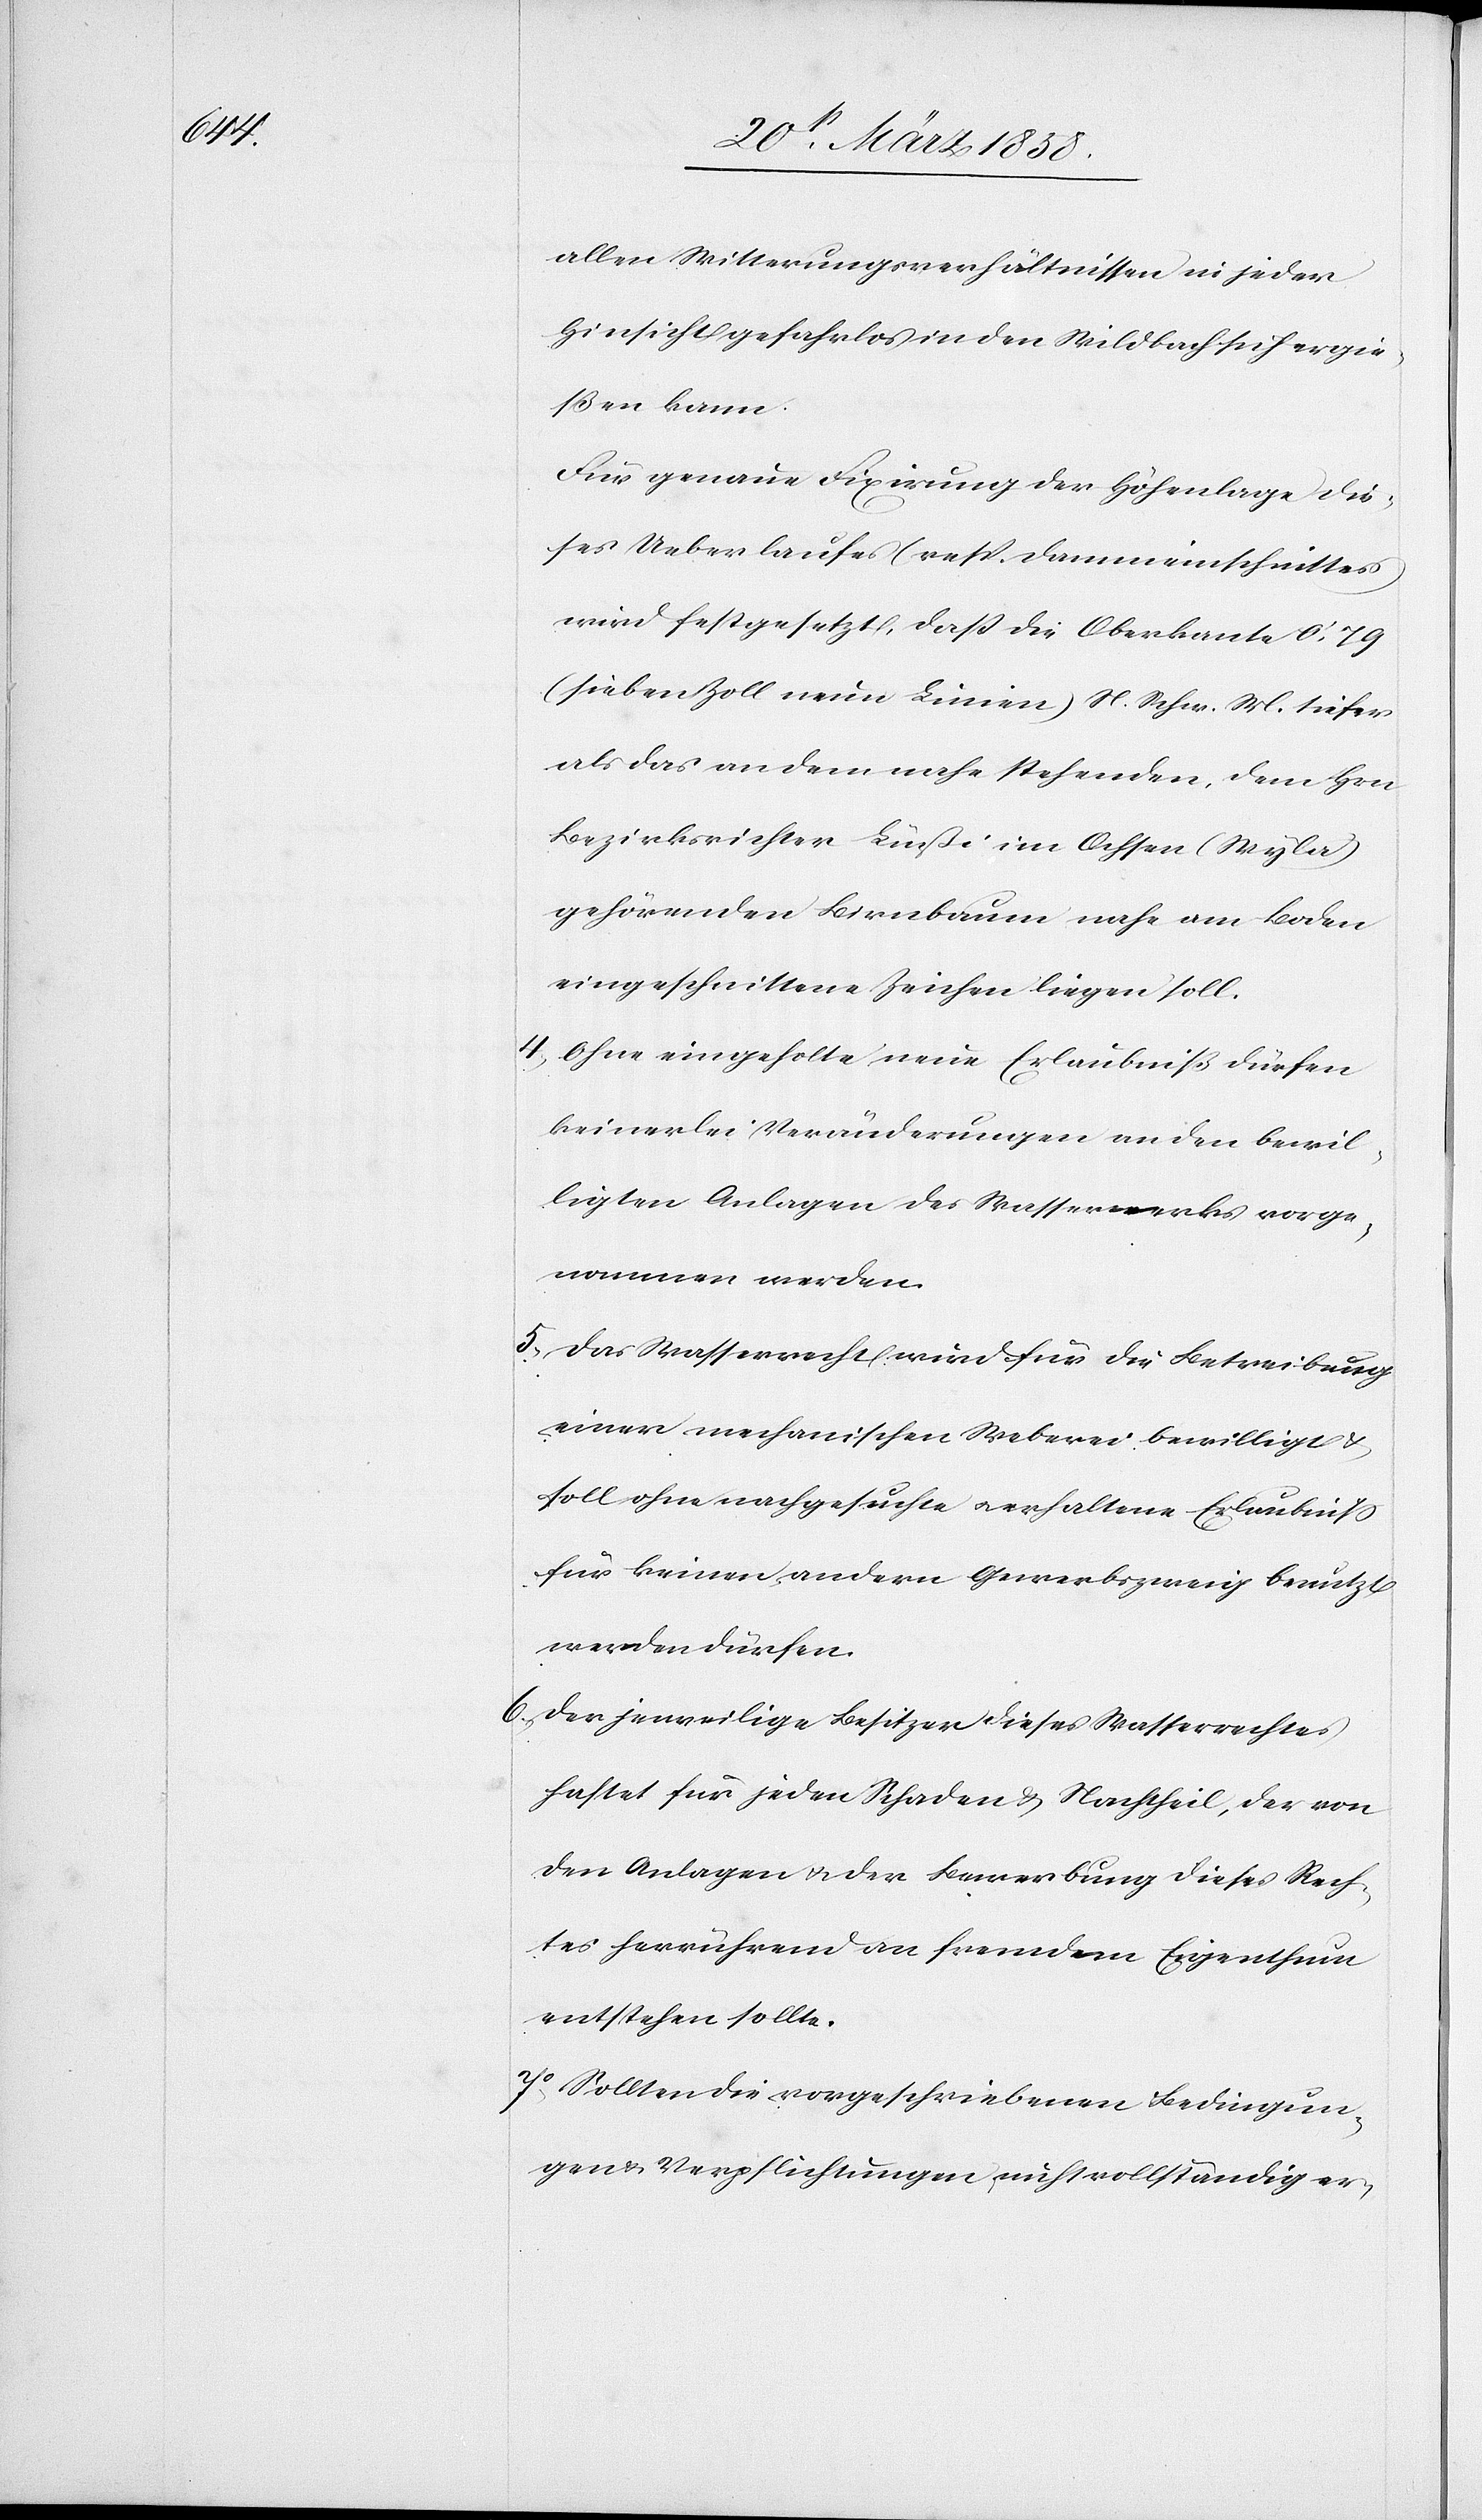
allen Witterungsverhältnissen in jeder
Hinsicht gefahrlos in den Wildbach sich ergie¬
ßen kann.
Für genaue Fixirung der Höhenlage die¬
ses Ueberlaufes (resp. Dammeinschnittes)
wird festgesetzt, daß die Oberkante 0’,79
(sieben Zoll neun Linien) N. Schw. M. tiefer
als das an dem nahe stehenden, dem Hrn.
Bezirksrichter Lußi im Ochsen (Wyla)
gehörenden Birnbaum nahe am Boden
eingeschnittene Zeichen liegen soll.
4. Ohne eingeholte neue Erlaubniß dürfen
keinerlei Veränderungen an den bewil¬
ligten Anlagen des Wasserwerks vorge¬
nommen werden.
5. Das Wasserrecht wird für die Betreibung
einer mechanischen Weberei bewilligt u.
soll ohne nachgesuchte u. erhaltene Erlaubniß
für keinen andern Gewerbszweig benutzt
werden dürfen.
6. Der jeweilige Besitzer dieses Wasserrechtes
haftet für jeden Schaden u. Nachtheil, der von
den Anlagen u. der Bewerbung dieses Rech¬
tes herrührend an fremdem Eigenthum
entstehen sollte.
7. Sollten die vorgeschriebenen Bedingun¬
gen u. Verpflichtungen nicht vollständig er-